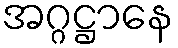
အဂ္ဂဋ္ဌာနေ